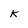
Character: K